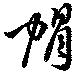
帽